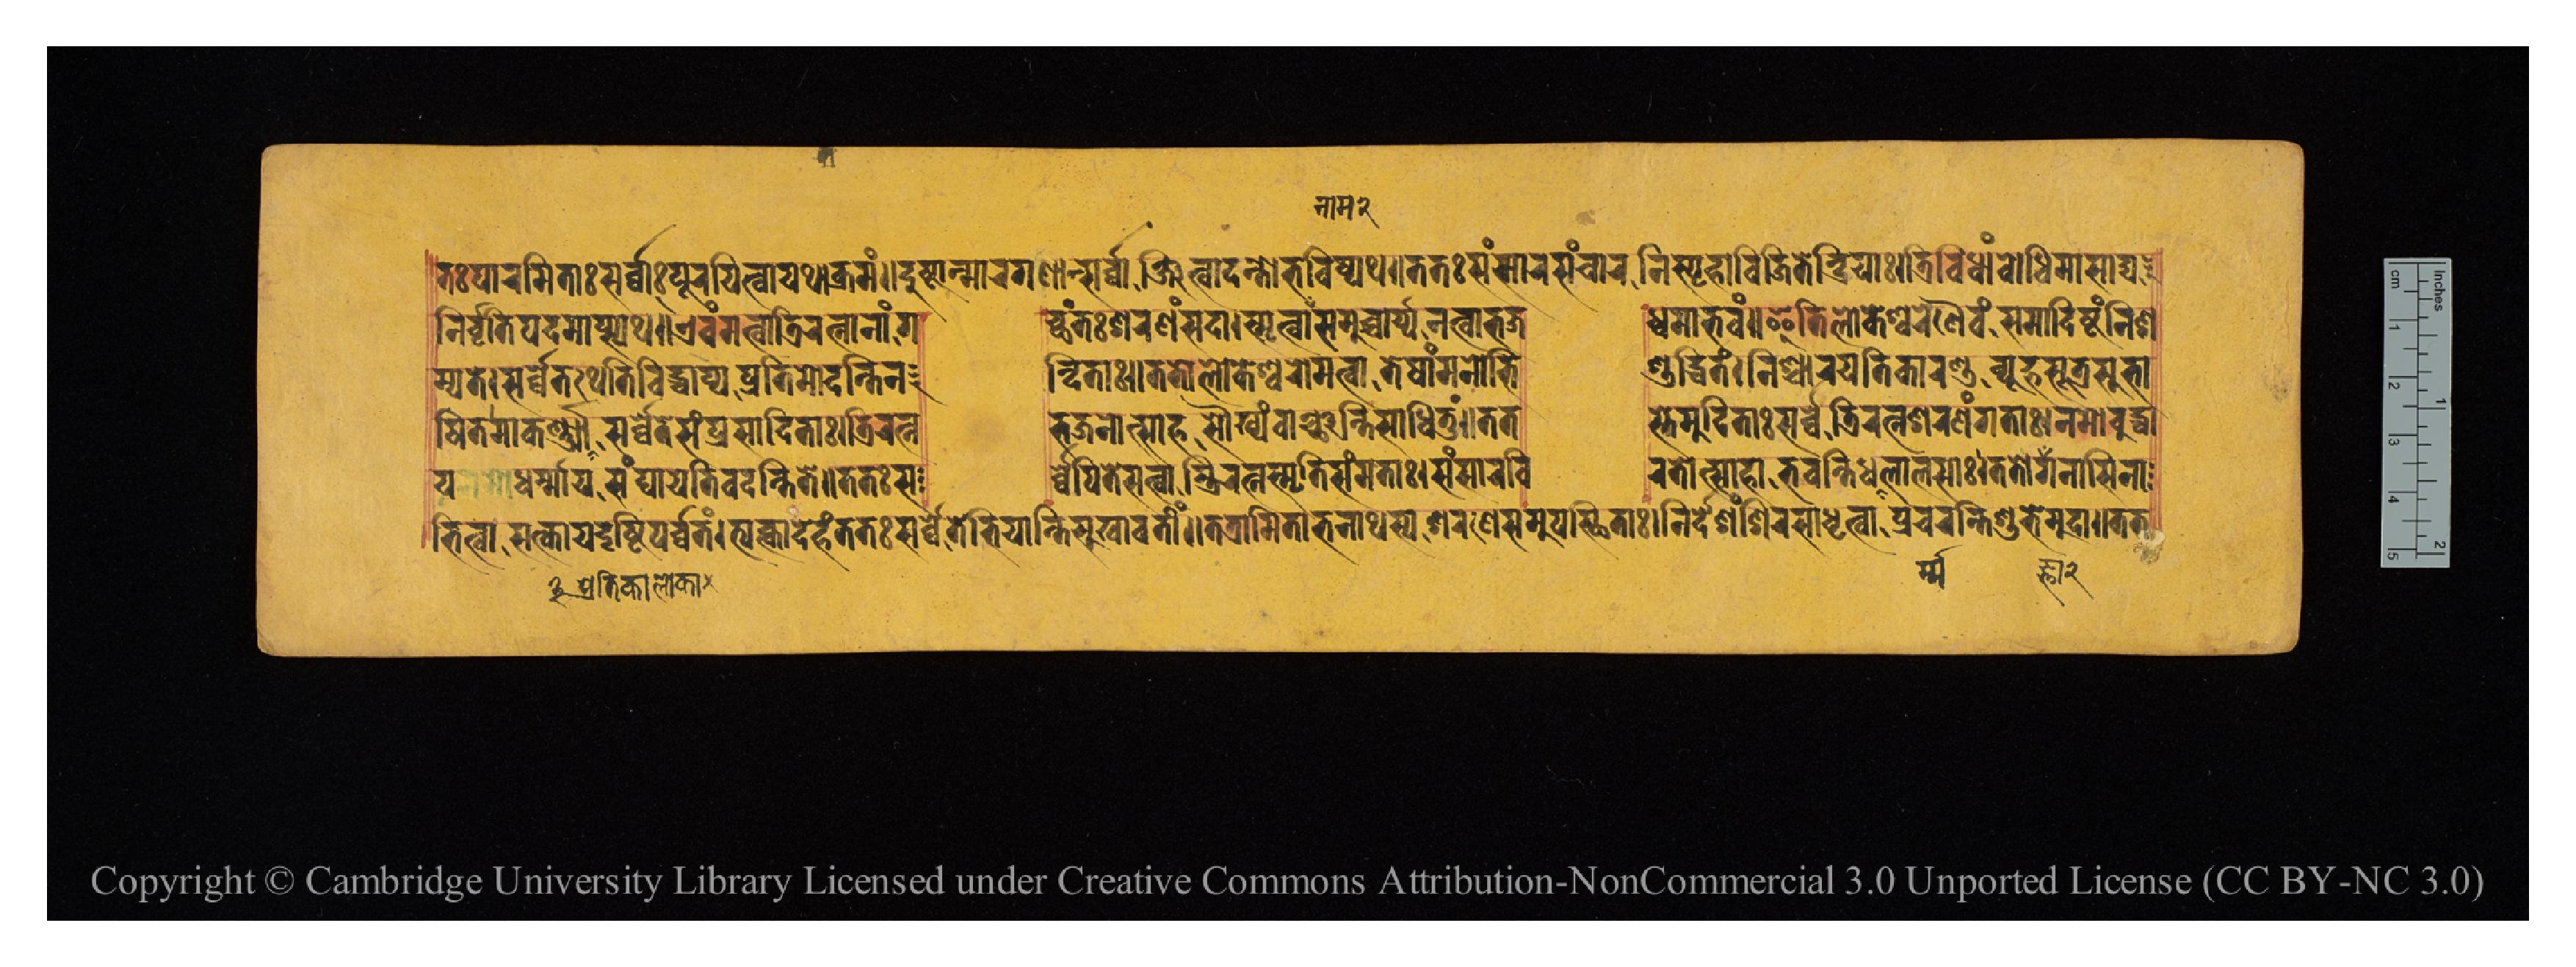
𑐟𑑅𑐥𑐵𑐬𑐩𑐶𑐟𑐵𑑅𑐳𑐬𑑂𑐰𑑂𑐰𑐵𑑅𑐥𑐹𑐬𑐫𑐶𑐟𑑂𑐰𑐵𑐫𑐠𑐵𑐎𑑂𑐬𑐩𑑄𑑋𑐡𑐸𑐲𑑂𑐚𑐵𑐣𑑂𑐩𑐵𑐬𑐐𑐞𑐵𑐣𑑂𑐳𑐬𑑂𑐰𑑂𑐰𑐵𑐣𑑂𑐖𑐶𑐟𑑂𑐰𑐵𑐬𑑂𑐴𑐣𑑂𑐟𑑀𑐨𑐰𑐶𑐲𑑂𑐫𑐠𑑌𑐟𑐟𑑅𑐳𑑄𑐳𑐵𑐬𑐳𑐘𑑂𑐔𑐵𑐬𑐣𑐶𑐳𑑂𑐥𑐺𑐴𑐵𑐰𑐶𑐖𑐶𑐟𑐾𑐣𑑂𑐡𑑂𑐬𑐶𑐫𑐵𑑅𑑋𑐟𑑂𑐬𑐶𑐰𑐶𑐢𑐵𑑄𑐧𑑀𑐢𑐶𑐩𑐵𑐳𑐵𑐢𑑂𑐫 𑐣𑐶𑐬𑑂𑐰𑐺𑐟𑐶𑐥𑐡𑐩𑐵𑐥𑑂𑐳𑑂𑐫𑐠𑑌𑐊𑐰𑑄𑐳𑐟𑑂𑐰𑐵𑐳𑑂𑐟𑑂𑐬𑐶𑐬𑐟𑑂𑐣𑐵𑐣𑐵𑑄  𑐐𑐔𑑂𑐕𑐣𑑂𑐟𑑅𑐱𑐬𑐞𑑄𑐳𑐡𑐵𑑋𑐳𑑂𑐩𑐺𑐟𑑂𑐰𑐵𑐣𑐵𑐩𑑂𑐳𑐩𑐸𑐔𑑂𑐔𑑂𑐔𑐵𑐬𑑂𑐫𑐣𑐟𑑂𑐰𑐵𑐨𑐖  𑐢𑑂𑐰𑑄𑐣𑐵𑐨𑐰𑑄𑑌𑐂𑐟𑐶𑐮𑑀𑐎𑐾𑐱𑑂𑐰𑐬𑐾𑐞𑐿𑐰𑑄𑐳𑐩𑐵𑐡𑐶𑐲𑑂𑐚𑑄𑐣𑐶𑐱 𑐩𑑂𑐫𑐟𑐾𑑋𑐳𑐬𑑂𑐰𑑂𑐰𑐾𑐟𑐠𑐾𑐟𑐶𑐰𑐶𑐖𑑂𑐘𑐵𑐥𑑂𑐫𑐥𑑂𑐬𑐟𑐶𑐩𑑀𑐡𑐣𑑂𑐟𑐶𑐣  𑐣𑑂𑐡𑐶𑐟𑐵𑑅𑑌𑐟𑐟𑑀𑐮𑑀𑐎𑐾𑐱𑑂𑐰𑐬𑑀𑐩𑐟𑑂𑐰𑐵𑐟𑐾𑐲𑐵𑑄𑐩𑐣𑑀𑐨𑐶  𑐱𑐸𑐡𑑂𑐢𑐶𑐟𑑄𑑋𑐣𑐶𑐱𑑂𑐔𑐵𑐬𑐫𑐟𑐶𑐎𑐵𑐬𑐞𑑂𑐜𑐰𑑂𑐫𑐹𑐴𑐳𑐹𑐟𑑂𑐬𑐳𑐹𑐨𑐵𑐲𑐶𑐟𑑄𑑋𑐟𑐟𑑂𑐳𑐸𑐨𑐵 𑐲𑐶𑐟𑐩𑐵𑐎𑐬𑑂𑐞𑑂𑐫𑐳𑐬𑑂𑐰𑑂𑐰𑐾𑐟𑐾𑐳𑑄𑐥𑑂𑐬𑐩𑑀𑐡𑐶𑐟𑐵𑑅𑑋𑐟𑑂𑐬𑐶𑐬𑐟𑑂𑐣  𑐨𑐖𑐣𑑀𑐟𑑂𑐳𑐵𑐴𑐳𑑁𑐏𑑂𑐫𑑄𑐰𑐵𑐘𑑂𑐕𑐣𑑂𑐟𑐶𑐳𑐵𑐢𑐶𑐟𑐸𑑄𑑌𑐟𑐟  𑐳𑑂𑐟𑐾𑐩𑐸𑐡𑐶𑐟𑐵𑑅𑐳𑐬𑑂𑐰𑑂𑐰𑐾𑐟𑑂𑐬𑐶𑐬𑐟𑑂𑐣𑐱𑐬𑐞𑑄𑐐𑐟𑐵𑑅𑑋𑐣𑐩𑑀𑐧𑐸𑐡𑑂𑐢𑐵 𑐨𑐶𑐟𑑂𑐰𑐵𑐳𑐟𑑂𑐎𑐵𑐫𑐡𑐺𑐲𑑂𑐚𑐶𑐥𑐬𑑂𑐰𑑂𑐰𑐟𑑄𑑋𑐟𑑂𑐫𑐎𑑂𑐟𑑂𑐰𑐵𑐡𑐾𑐴𑑄𑐟𑐟𑑅𑐳𑐬𑑂𑐰𑑂𑐰𑐾𑐟𑐾𑐨𑐶𑐫𑐵𑐣𑑂𑐟𑐶𑐳𑐸𑐏𑐵𑐰𑐟𑐷𑑄𑑌𑐟𑐟𑑂𑐬𑐵𑐩𑐶𑐟𑐵𑐨𑐣𑐵𑐠𑐳𑑂𑐫𑐱𑐬𑐞𑐾𑐳𑐩𑐸𑐥𑐳𑑂𑐠𑐶𑐟𑐵𑑅𑑋𑐣𑐶𑐬𑑂𑐡𑐾𑐱𑑄𑐱𑐶𑐬𑐳𑐵𑐢𑐺𑐟𑑂𑐰𑐵𑐥𑑂𑐬𑐔𑐬𑐣𑑂𑐟𑐶𑐱𑐸𑐨𑐾𑐩𑐸𑐡𑐵𑑌𑐟𑐟 𑐫𑐢𑐬𑑂𑐩𑐵𑐫𑐳𑑄𑐑𑐵𑐫𑐾𑐟𑐶𑐰𑐡𑐣𑑂𑐟𑐶𑐟𑐾𑑌𑐟𑐟𑑅𑐳 𑐬𑑂𑐰𑑂𑐰𑐾𑐥𑐶𑐟𑐾𑐳𑐟𑑂𑐰𑐵𑐫𑐶𑐬𑐟𑑂𑐣𑐳𑑂𑐩𑐺𑐟𑐶𑐳𑑄𑐬𑐟𑐵𑑅𑑋𑐳𑑄𑐳𑐵𑐬𑐰𑐶  𑐬𑐟𑑀𑐟𑑂𑐳𑐵𑐴𑐵𑐨𑐰𑐣𑑂𑐟𑐶𑐢𑐬𑑂𑐩𑑂𑐩𑐮𑐵𑐮𑐳𑐵𑑅𑑋𑐟𑐟𑑀𑐖𑑂𑐘𑐵𑐣𑐵𑐳𑐶𑐣𑐵